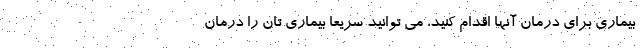
بیماری برای درمان آنها اقدام کنید، می توانید سریعا بیماری تان را درمان